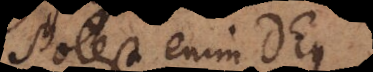
Potest enim Deus